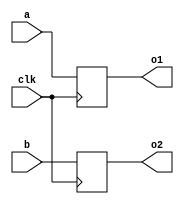
module De(a,b,o1,o2,clk);
    parameter n=5;
    input clk;
    input [n-1:0]a,b;
    output reg [n-1:0]o1,o2;
    always@(posedge clk)
        begin
            o1 = a;
            o2 = b;
        end
endmodule